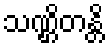
သဏ္ဌိတန္တိ